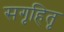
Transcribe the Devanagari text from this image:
सगृहितृ